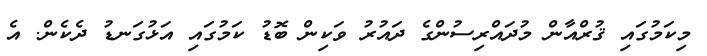
މިކަމުގައި ޤުރްއާން މުދައްރިސުންގެ ދައުރު ވަކިން ބޮޑު ކަމުގައި އަޅުގަނޑު ދެކެން. އެ